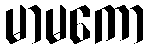
မာမကော